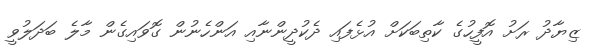
ޒިޔާދު ރަށު އޮފީހުގެ ކާތިބަކަށް އުޅެފައި ދެކުދީންނާއި އަންހެނުން ގޮވައިގެން މާލެ ބަދަލުވީ